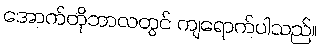
အောက်တိုဘာလတွင် ကျရောက်ပါသည်။